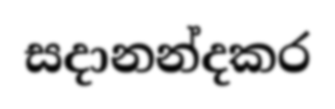
සදානන්දකර